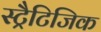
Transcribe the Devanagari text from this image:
स्ट्रैटिजिक